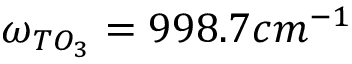
\omega _ { T O _ { 3 } } = 9 9 8 . 7 c m ^ { - 1 }